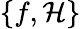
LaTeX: \{ f,{\mathcal{H}}\}